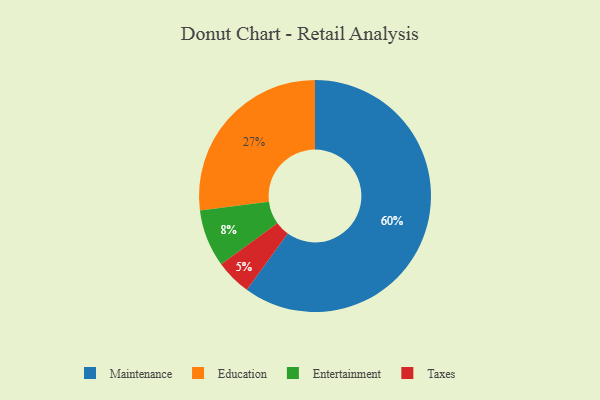
{"axis": {"x": "Category", "y": "Percentage"}, "legend": ["Education", "Entertainment", "Maintenance", "Taxes"], "data": [{"x": "Maintenance", "y": 60, "type": "Maintenance"}, {"x": "Entertainment", "y": 8, "type": "Entertainment"}, {"x": "Education", "y": 27, "type": "Education"}, {"x": "Taxes", "y": 5, "type": "Taxes"}]}